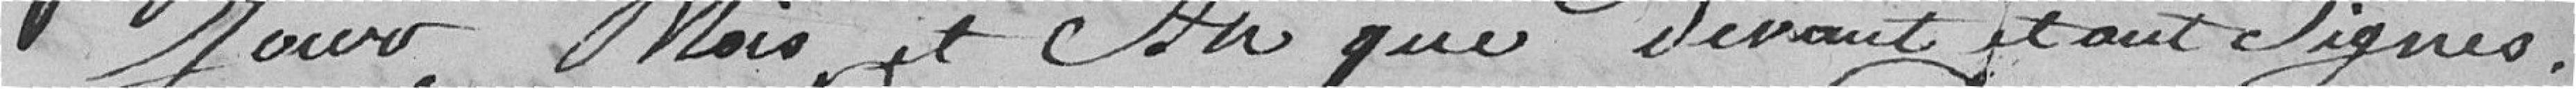
Jours , Mois et An que devant et ont Signés .